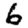
Digit: 6